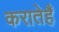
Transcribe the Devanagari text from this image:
करातेहैं